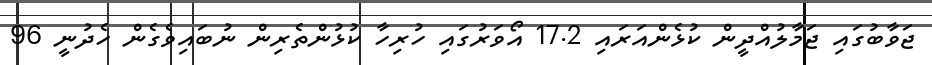
ޖަވާބުގައި ޖަމާލުއްދީން ކުޅެންއަރައި 17.2 އޯވަރުގައި ހުރިހާ ކުޅުންތެރިން ނުބައިވެގެން ހެދުނީ 96